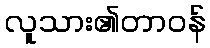
လူသား၏တာဝန်